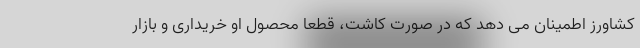
کشاورز اطمینان می دهد که در صورت کاشت، قطعا محصول او خریداری و بازار